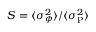
S = \langle \sigma _ { \phi } ^ { 2 } \rangle / \langle \sigma _ { \mathrm P } ^ { 2 } \rangle